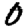
Digit: 0